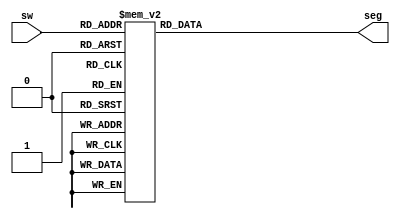
`timescale 1ns / 1ps

module bcd(
    input [3:0] sw ,
    output [6:0] seg
    );
    
    reg [6:0] sseg = 0; assign seg = sseg;
    
    always @(*) begin
        case(sw)
        4'b0000: sseg = 7'b1000_000;
        4'b0001: sseg = 7'b1111_001;
        4'b0010: sseg = 7'b0100_100;
        4'b0011: sseg = 7'b0110_000;
        4'b0100: sseg = 7'b0011_001;
        4'b0101: sseg = 7'b0010_010;
        4'b0110: sseg = 7'b0000_010;
        4'b0111: sseg = 7'b1111_000;
        4'b1000: sseg = 7'b0000_000;
        4'b1001: sseg = 7'b0010_000;
        4'b1111: sseg = 7'b0111_111; //if above 9999 set to FFFF
        default: sseg = 7'b1111111;
        endcase 
    end
    
endmodule